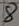
Text: 8